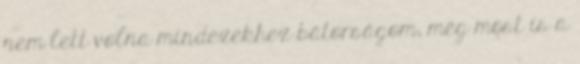
nem lett volna mindezekhez bátorságom, még most is a